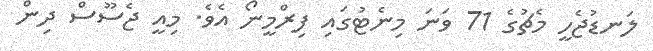
ލަނޑުޖެހީ މެޗުގެ 71 ވަނަ މިނެޓުގައި ފިރްމީނޯ އެވެ. މިއީ ޖެސޫސް ދިން